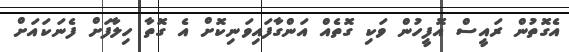
އެގޮތުން ރައީސް އޮފީހުން ވަކި ގޮތެއް އަންގާފައިވަނިކޮށް އެ ގޮތާ ހިލާފަށް ފެނަކައަށް